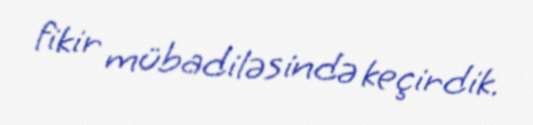
fikir mübadiləsində keçirdik.